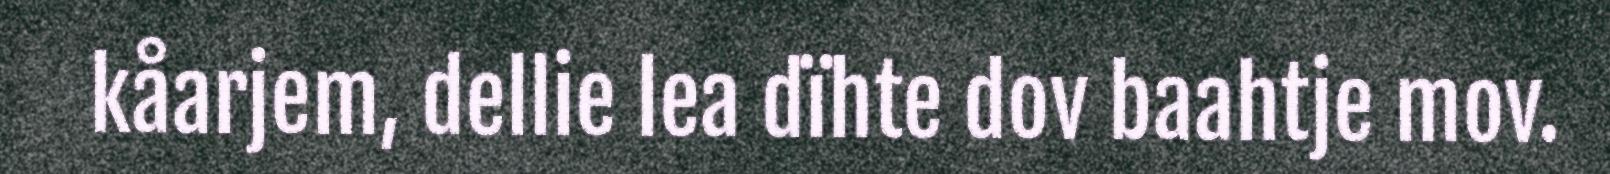
kåarjem, dellie lea dïhte dov baahtje mov.